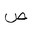
Letter: _sad